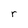
Character: r